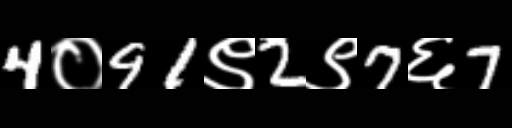
Text: 4०91९2९7६7